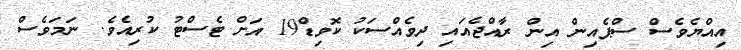
އިއްޔެވެސް ސްޕެއިން އިން ރާއްޖެއައި ދިވެއްސަކު ކޮވިޑް19 އަށް ޓެސްޓު ކުރިއެވެ. ނަމަވެސް